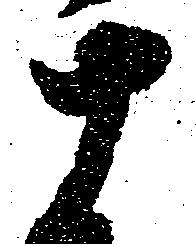
十